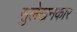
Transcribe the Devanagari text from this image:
सुलेखनकार